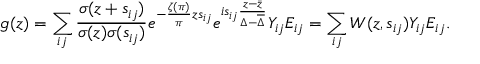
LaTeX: g ( z ) = \sum _ { i j } \frac { \sigma ( z + s _ { i j } ) } { \sigma ( z ) \sigma ( s _ { i j } ) } e ^ { - \frac { \zeta ( \pi ) } { \pi } z s _ { i j } } e ^ { i s _ { i j } \frac { z - \bar { z } } { \Delta - \overline { { \Delta } } } } Y _ { i j } E _ { i j } = \sum _ { i j } W ( z , s _ { i j } ) Y _ { i j } E _ { i j } .